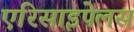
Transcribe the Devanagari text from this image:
एरिसाइपेलस